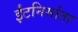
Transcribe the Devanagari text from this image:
ईंटनिर्माता